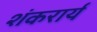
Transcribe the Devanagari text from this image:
शंकरार्य